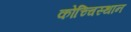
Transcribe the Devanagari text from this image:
कोच्चिस्थान